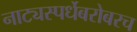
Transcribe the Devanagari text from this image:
नाट्यस्पर्धेबरोबरच